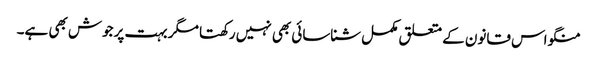
منگو اس قانون کے متعلق مکمل شناسائی بھی نہیں رکھتا مگر بہت پرجوش بھی ہے۔